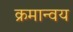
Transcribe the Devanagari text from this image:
क्रमान्वय